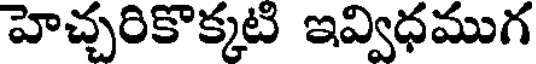
హెచ్చరికొక్కటి ఇవ్విధముగ